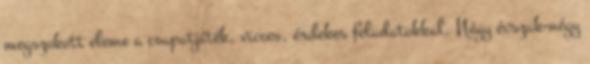
megszokott eleme a csapatjáték, vicces, érdekes feladatokkal. Négy évszak-négy